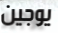
يوجين